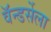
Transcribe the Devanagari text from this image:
वॅन्डर्सेला